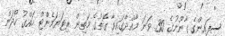
ސިފައިންގެ ގާނޫނުގެ 30 ވަނަ މާއްދާގައިވާ ގޮތުގެ މަތިން ރިޓަޔަމެންޓް ހައްގު ހޯދަން